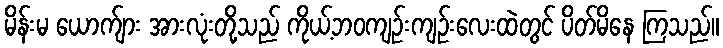
မိန်းမ ယောက်ျား အားလုံးတို့သည် ကိုယ့်ဘဝကျဉ်းကျဉ်းလေးထဲတွင် ပိတ်မိနေ ကြသည်။